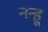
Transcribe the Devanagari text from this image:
नन्हू